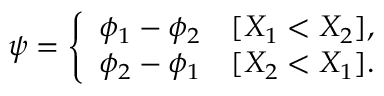
\begin{array} { r } { \psi = \left\{ \begin{array} { l l } { \phi _ { 1 } - \phi _ { 2 } } & { [ X _ { 1 } < X _ { 2 } ] , } \\ { \phi _ { 2 } - \phi _ { 1 } } & { [ X _ { 2 } < X _ { 1 } ] . } \end{array} \right. } \end{array}